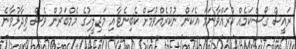
ރައީސް ގޯސްކަމެއް ކުރައްވާނަމަ އެކަން ނުކުރެއްވުމަށް ކެބިނެޓާއި މަޖިލީހުގެ މެމްބަރުން ވެސް ވިދާޅުވާނެ